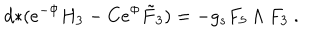
d { * } ( e ^ { - \Phi } H _ { 3 } - C e ^ { \Phi } \tilde { F } _ { 3 } ) = - g _ { s } F _ { 5 } \wedge F _ { 3 } \ .